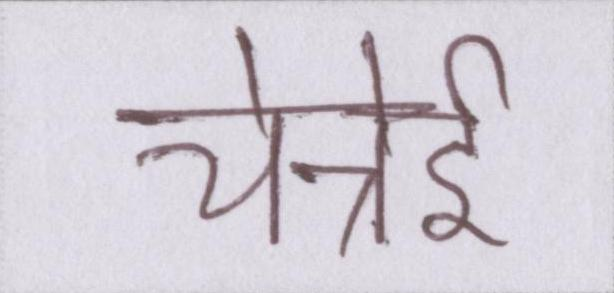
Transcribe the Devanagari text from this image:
चेन्नेई